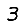
Digit: 3